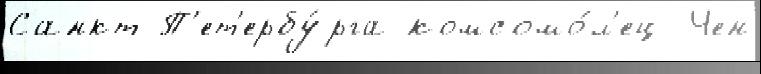
Санкт-П'ет'ербу́рга комсомо́л'ец  Чен